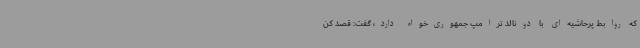
که روابط پرحاشیه‌ای با دونالد ترامپ جمهوری‌خواه دارد، گفت: قصد کن